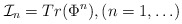
\begin{align*}{\cal I}_n = Tr(\Phi^n), (n = 1,\ldots)\end{align*}